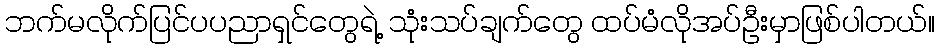
ဘက်မလိုက်ပြင်ပပညာရှင်တွေရဲ့ သုံးသပ်ချက်တွေ ထပ်မံလိုအပ်ဦးမှာဖြစ်ပါတယ်။